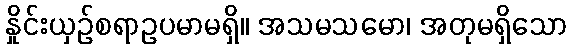
နှိုင်းယှဉ်စရာဥပမာမရှိ။ အသမသမော၊ အတုမရှိသော